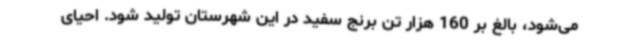
می‌شود، بالغ بر 160 هزار تن برنج سفید در این شهرستان تولید شود. احیای